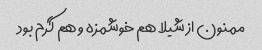
ممنون از شیلا هم خوشمزه و هم گرم بود